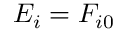
E _ { i } = F _ { i 0 }